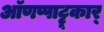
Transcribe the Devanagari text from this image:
ऑणप्पाट्टू़कार्